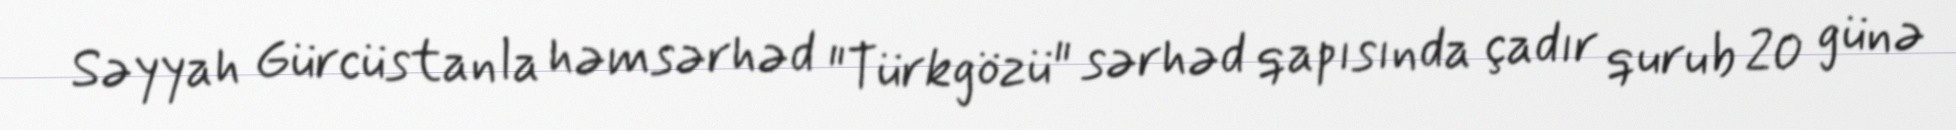
Səyyah Gürcüstanla həmsərhəd "Türkgözü" sərhəd qapısında çadır qurub 20 günə